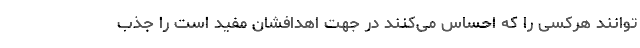
‌توانند هرکسی را که احساس می‌کنند در جهت اهدافشان مفید است را جذب